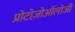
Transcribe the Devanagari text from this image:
प्रोटोज़ोऑलोजी